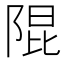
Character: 𮥍